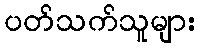
ပတ်သက်သူများ